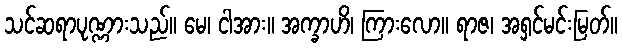
သင်ဆရာပုဏ္ဏားသည်။ မေ၊ ငါအား။ အက္ခာဟိ၊ ကြားလော။ ရာဇ၊ အရှင်မင်းမြတ်။